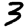
Digit: 3